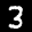
Label: 3